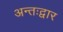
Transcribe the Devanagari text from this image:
अन्तःद्वार